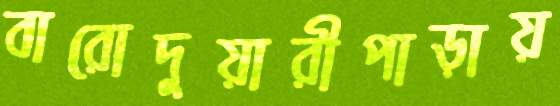
বারোদুয়ারীপাড়ায়